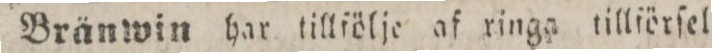
Bränwin har tillfölje af ringa tillförſel i